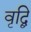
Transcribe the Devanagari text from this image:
वृद्बि